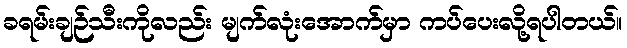
ခရမ်းချဉ်သီးကိုလည်း မျက်လုံးအောက်မှာ ကပ်ပေးလို့ရပါတယ်။